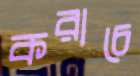
করাচে